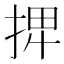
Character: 𢮆